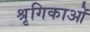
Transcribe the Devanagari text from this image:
श्रृगिकाओं